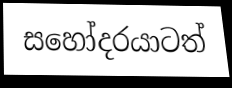
සහෝදරයාටත්